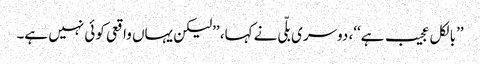
’’بالکل عجیب ہے‘‘، دوسری بلّی نے کہا، ’’لیکن یہاں واقعی کوئی نہیں ہے۔